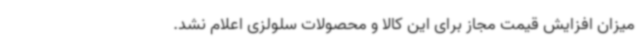
میزان افزایش قیمت مجاز برای این کالا و محصولات سلولزی اعلام نشد.